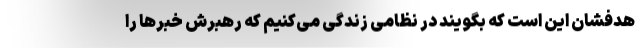
هدفشان این است که بگویند در نظامی زندگی می‌کنیم که رهبرش خبرها را